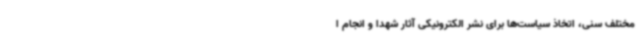
مختلف سنی، اتخاذ سیاست‌ها برای نشر الکترونیکی آثار شهدا و انجام ا